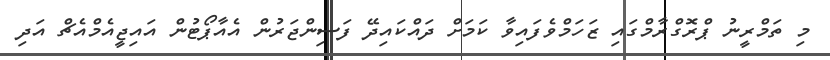
މި ތަމްރީނު ޕްރޮގްރާމްގައި ޒަހަމްވެފައިވާ ކަމަށް ދައްކައިދޭ ފަސިންޖަރުން އެއާޕޯޓުން އައިޖީއެމްއެޗް އަދި